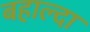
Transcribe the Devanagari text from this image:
बहाल्दा